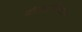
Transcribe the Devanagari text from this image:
दंगलप्रतिबंधक